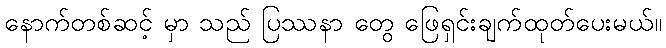
နောက်တစ်ဆင့် မှာ သည် ပြဿနာ တွေ ဖြေရှင်းချက်ထုတ်ပေးမယ်။